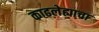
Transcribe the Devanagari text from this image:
काढलेह्याचा